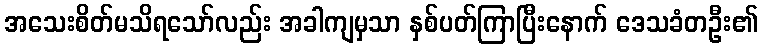
အသေးစိတ်မသိရသော်လည်း အခါကျမှသာ နှစ်ပတ်ကြာပြီးနောက် ဒေသခံတဦး၏